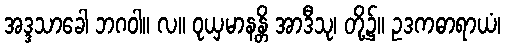
အဒ္ဒသာခေါ ဘဂဝါ။ လ။ ဝုယှမာနန္တိ အာဒီသု၊ တို့၌။ ဥဒကဓာရာယံ၊